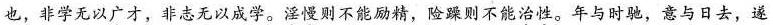
也，非学无以广才，非志无以成学。淫慢则不能励精，险躁则不能治性。年与时驰，意与日去，遂